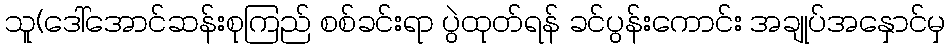
သူ(ဒေါ်အောင်ဆန်းစုကြည် စစ်ခင်းရာ ပွဲထုတ်ရန် ခင်ပွန်းကောင်း အချုပ်အနှောင်မှ